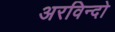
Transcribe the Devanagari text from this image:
अरविन्दो